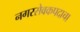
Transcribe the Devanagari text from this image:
नगरसेवकपदाचा